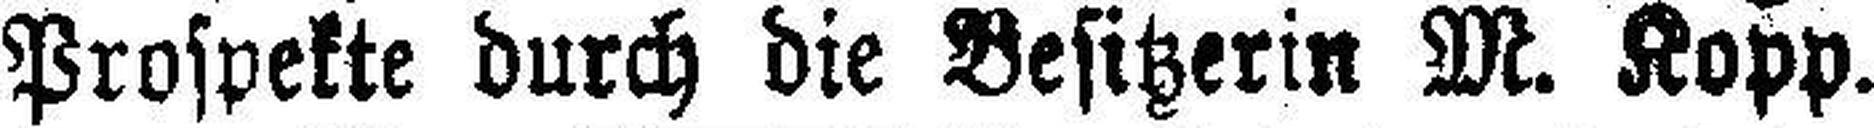
Prospekte durch die Besitzerin M. Kopp. 645